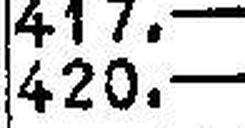
420.—